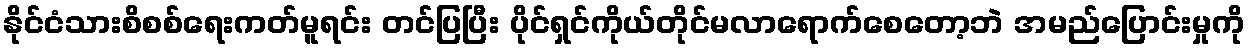
နိုင်ငံသားစိစစ်ရေးကတ်မူရင်း တင်ပြပြီး ပိုင်ရှင်ကိုယ်တိုင်မလာရောက်စေတော့ဘဲ အမည်ပြောင်းမှုကို